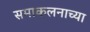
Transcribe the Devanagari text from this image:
समाकलनाच्या